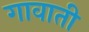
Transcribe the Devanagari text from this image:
गावाती